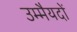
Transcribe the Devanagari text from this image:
उम्मैयदों